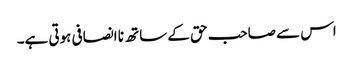
اس سے صاحب حق کے ساتھ نا انصافی ہوتی ہے۔